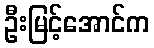
ဦးမြင့်အောင်က